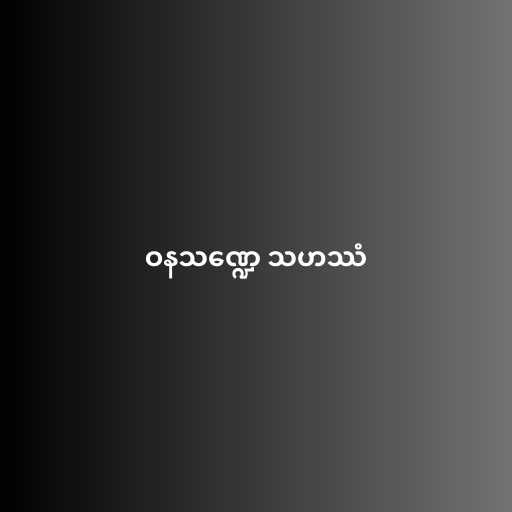
ဝနသဏ္ဍေ သဟဿံ